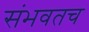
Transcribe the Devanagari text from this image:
संभवतच